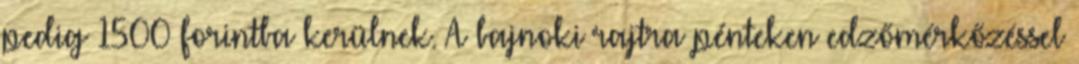
pedig 1500 forintba kerülnek. A bajnoki rajtra pénteken edzőmérkőzéssel